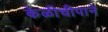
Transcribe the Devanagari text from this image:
केळीचीपाने